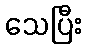
သေပြီး